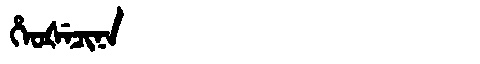
Manchu: ᡥᡝᠣᡧᡝᠴᡳᠨᠠ
Romanization: HEOŠECINA